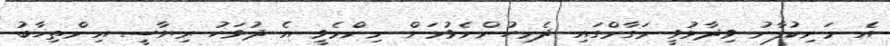
އެ މަނިކުފާނު ވިދާޅުވީ މަގާމްގައި ދެމިހުންނެވުމަށް ނިންމެވީ އެ ދުވަހު ރިޔާސީ އިންތިޚާބު